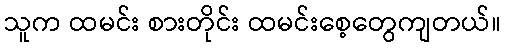
သူက ထမင်း စားတိုင်း ထမင်းစေ့တွေကျတယ်။